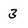
Character: 3